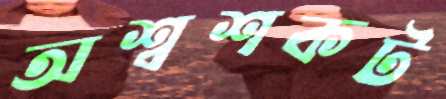
অশ্বশকট